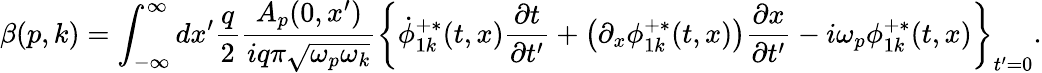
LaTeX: \beta(p,k)=\int_{-\infty}^{\infty}dx^{\prime}\frac{q}{2}\frac{A_{p}(0,x^{\prime})}{iq\pi\sqrt{\omega_{p}\omega_{k}}}\left\{ \dot{\phi}_{1k}^{+\ast}(t,x){\frac{\partial t}{\partial t^{\prime}}}+\left(\partial_{x}\phi_{1k}^{+\ast}(t,x)\right){\frac{\partial x}{\partial t^{\prime}}}-i\omega_{p}\phi_{1k}^{+\ast}(t,x)\right\} _{t^{\prime}=0}.